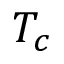
T _ { c }